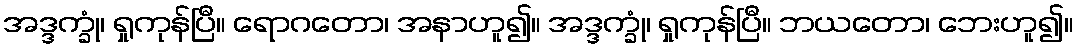
အဒ္ဒက္ခုံ၊ ရှုကုန်ပြီ။ ရောဂတော၊ အနာဟူ၍။ အဒ္ဒက္ခုံ၊ ရှုကုန်ပြီ။ ဘယတော၊ ဘေးဟူ၍။